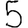
Digit: 5